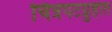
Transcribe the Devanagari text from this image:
चित्रपटग्रुहात